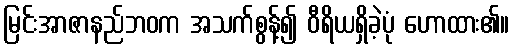
မြင်းအာဇာနည်ဘဝက အသက်စွန့်၍ ဝီရိယရှိခဲ့ပုံ ဟောထား၏။